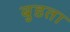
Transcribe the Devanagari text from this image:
बुडता